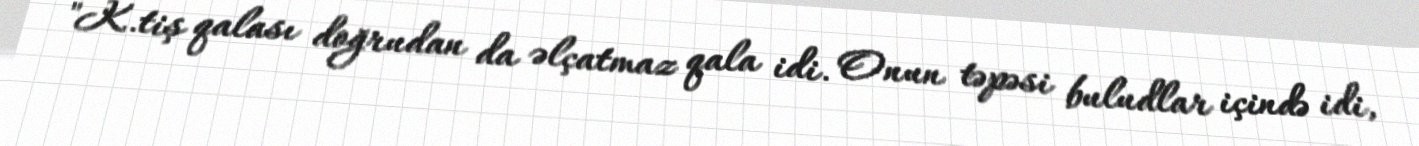
"K.tiş qalası doğrudan da əlçatmaz qala idi. Onun təpəsi buludlar içində idi,